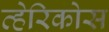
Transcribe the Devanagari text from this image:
व्हेरिकोस